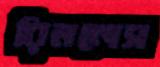
রিমলেস